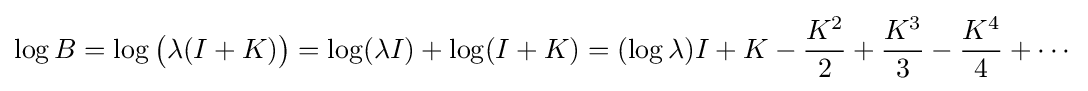
\log B=\log {\big (}\lambda (I+K){\big )}=\log(\lambda I)+\log(I+K)=(\log \lambda )I+K-{\frac {K^{2}}{2}}+{\frac {K^{3}}{3}}-{\frac {K^{4}}{4}}+\cdots